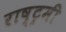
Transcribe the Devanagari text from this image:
राष्ट्रमी